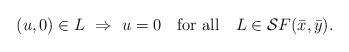
LaTeX: \begin{align*}(u,0)\in L\ \Rightarrow\ u = 0 ~~ \mbox{ for all } ~~ L \in \mathcal{S}F(\bar{x},\bar{y}). \end{align*}